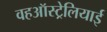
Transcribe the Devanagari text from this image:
वहऑस्ट्रेलियाई